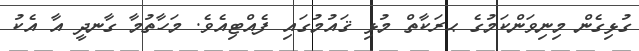
ގުޅިގެން މިނިވަންކަމުގެ ޙރަކާތް މުޅި ޤައުމުގައި ފެއްޓިއެވެ. މަހާތުމާ ގާނދީ އާ އެކު